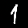
Digit: 1